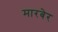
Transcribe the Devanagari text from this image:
मारबेर